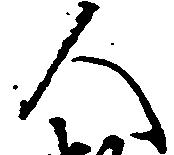
人